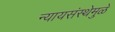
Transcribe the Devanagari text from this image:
न्यायसंस्थेमुळे